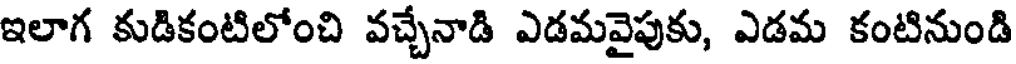
ఇలాగ కుడికంటిలోంచి వచ్చేనాడి ఎడమవైపుకు, ఎడమ కంటినుండి